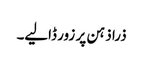
ذرا ذہن پر زور ڈالیے۔